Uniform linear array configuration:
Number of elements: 16
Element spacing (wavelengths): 1
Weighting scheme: hamming
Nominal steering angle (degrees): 0
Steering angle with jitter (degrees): -0.4295
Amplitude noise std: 0.05
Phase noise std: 0.05

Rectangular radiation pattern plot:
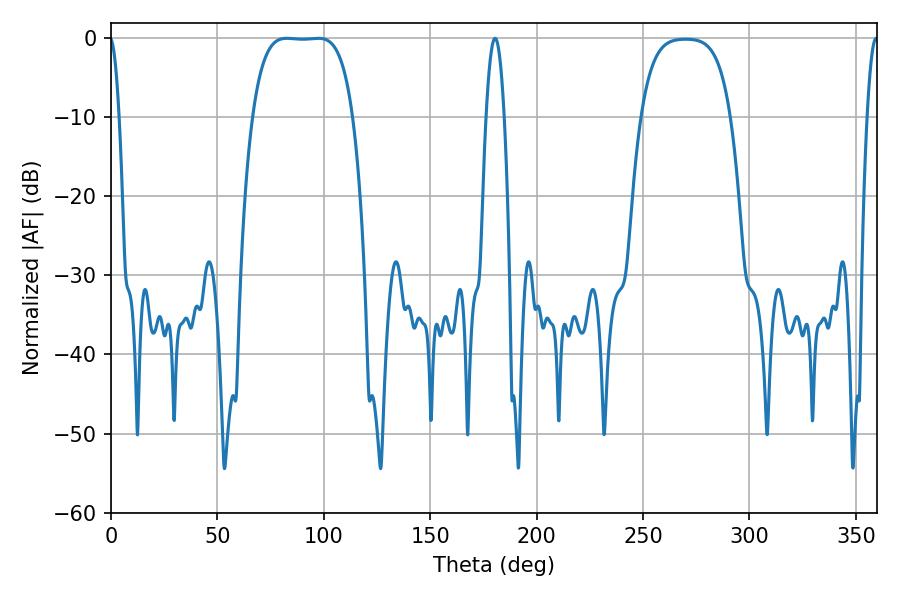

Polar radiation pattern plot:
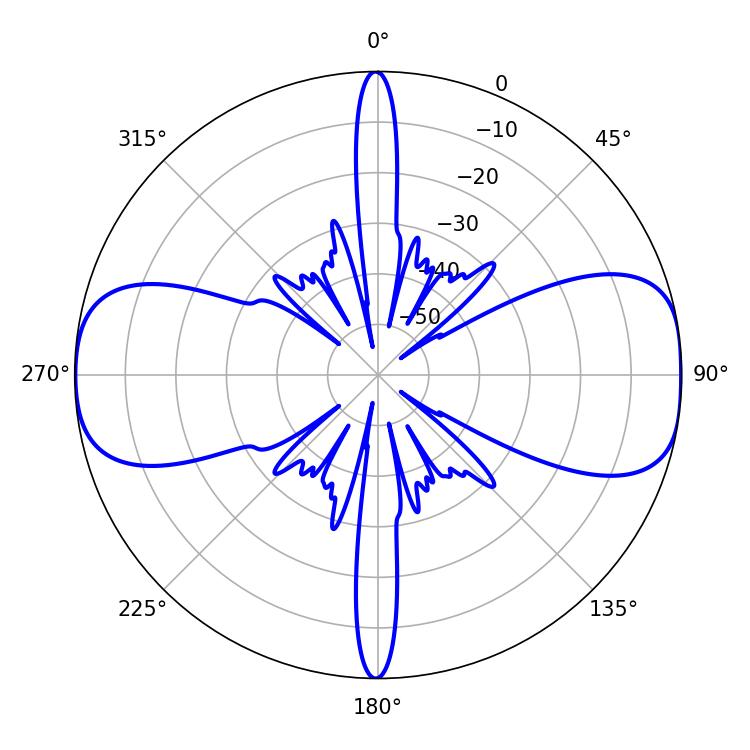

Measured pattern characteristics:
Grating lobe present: TRUE
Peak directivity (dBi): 12.192
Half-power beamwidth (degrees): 36.36
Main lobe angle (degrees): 82.62